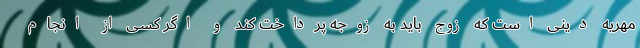
مهریه دِینی است که زوج باید به زوجه پرداخت کند و اگر کسی از انجام